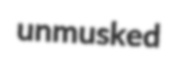
unmusked